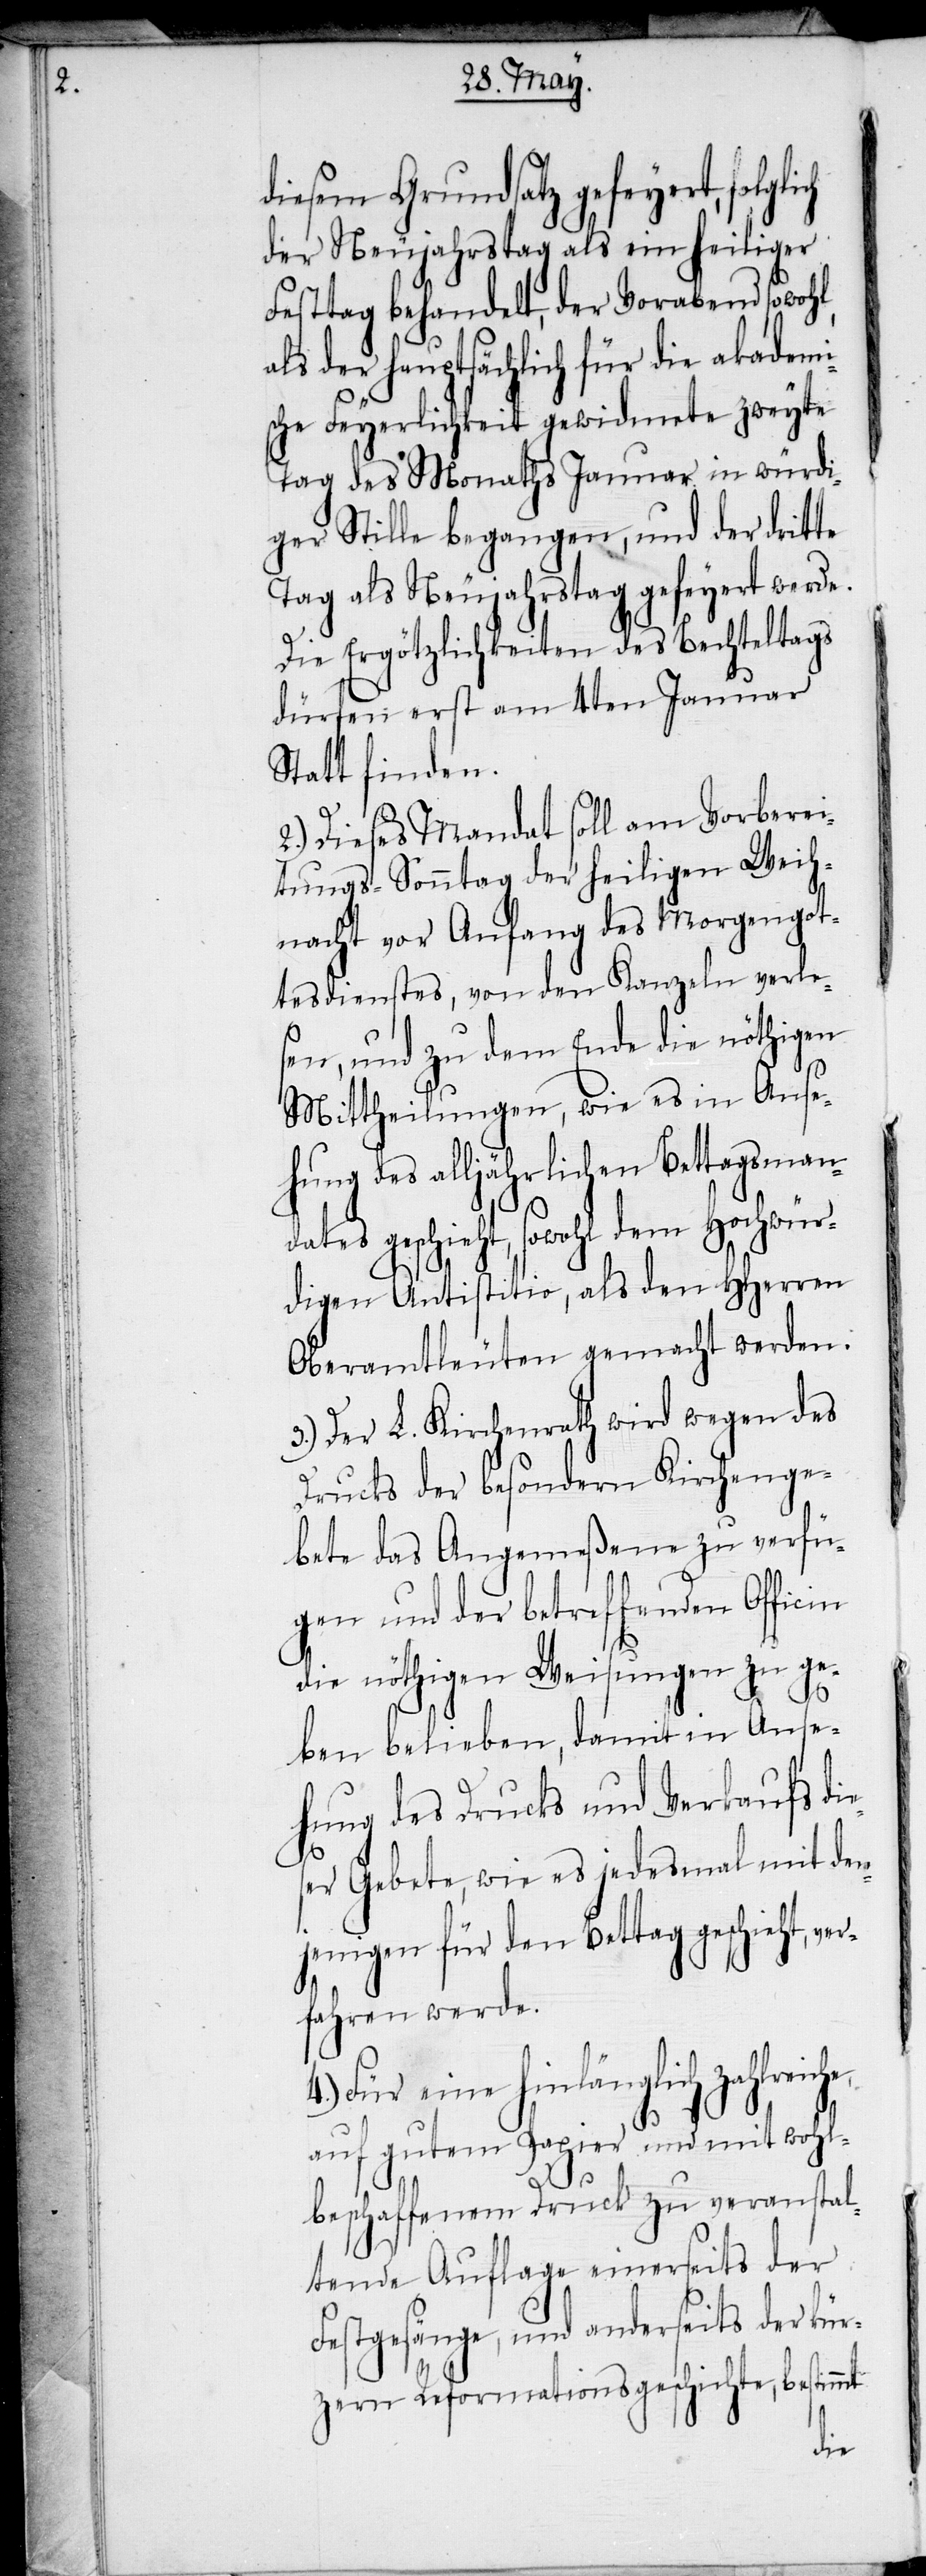
diesem Grundsatz gefeyert, folg¬
der Neujahrstag als ein heiliger
Festtag behandelt, der Vorabend sowohl,
als der hauptsächlich für die akademi¬
sche Feyerlichkeit gewidmete zweyte
Tag des Monaths Januar in würdi¬
ger Stille begangen, und der dritte
Tag als Neujahrstag gefeyert werde.
Die Ergötzlichkeiten des Bechteltags
dürfen erst am 4ten Januar
Statt finden.
2.) Dieses Mandat soll am Vorberei¬
tungs-Sonntag der heiligen Weih¬
nacht vor Anfang des Morgengot¬
tesdienstes, von den Kanzeln verle¬
sen, und zu dem Ende die nöthigen
Mittheilungen, wie es in Anse¬
hung des alljährlichen Bettagsmand¬
geschieht, sowohl dem Hochwür¬
digen Antistitio, als den HHerren
Oberamtleuten gemacht werden.
3.) Der L. Kirchenrath wird wegen des
Drucks der besondern Kirchenge¬
bete das Angemeßene zu verfü¬
gen und der betreffenden Officin
die nöthigen Weisungen zu ge¬
ben belieben, damit in Anse¬
hung des Drucks und Verkaufs die¬
ser Gebete, wie es jedesmal mit den¬
jenigen für den Bettag geschieht, v¬
fahren werde.
4.) Für eine hinlänglich zahlreic¬
auf gutem Papier und mit wohl¬
beschaffenem Druck zu veranstal¬
tende Auflage einerseits der
Festgesänge, und anderseits der kür¬
zern Reformationsgeschichte, bestimmt
he,